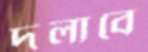
দলাবে